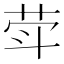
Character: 𦮜